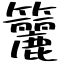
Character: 籭